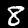
Label: 8